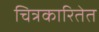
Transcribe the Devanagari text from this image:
चित्रकारितेत